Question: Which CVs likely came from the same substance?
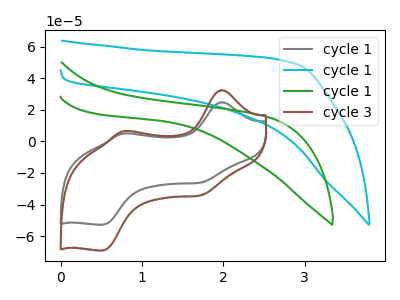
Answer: <think>The gray curve "cycle 1" has anodic peaks at (1.95V, 24.75uA) (0.75V, 4.90uA) and cathodic peaks at (1.70V, -26.05uA) (0.50V, -52.75uA). The cyan curve "cycle 1" has no peaks. The green curve "cycle 1" has no peaks. The brown curve "cycle 3" has anodic peaks at (1.95V, 32.40uA) (0.75V, 6.45uA) and cathodic peaks at (1.70V, -34.10uA) (0.50V, -69.05uA).
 "cycle 1" and "cycle 1" have a different number of peaks. "cycle 1" and "cycle 1" have a different number of peaks. All the peaks in "cycle 1" have a peak in "cycle 3" at the same potential. Every peak in "cycle 1" is lower than every peak in "cycle 3". Neither "cycle 1" or "cycle 1" have any peaks. "cycle 1" and "cycle 3" have a different number of peaks. "cycle 1" and "cycle 3" have a different number of peaks.</think>
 <answer>"cycle 1" and "cycle 3" have the same shape and are likely CV's of the same chemical.</answer>
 <eval>"cycle 1" "cycle 3"</eval>